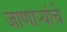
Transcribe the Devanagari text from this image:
जाणाऱ्यांचे